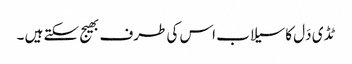
ٹڈ ی دَل کاسیلاب اس کی طرف بھیج سکتے ہیں ۔